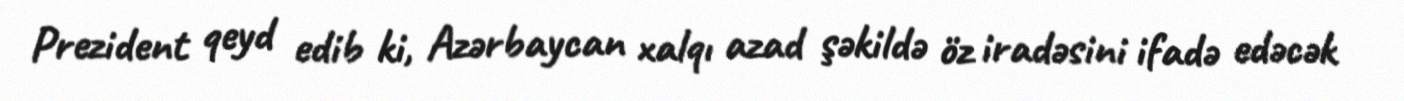
Prezident qeyd edib ki, Azərbaycan xalqı azad şəkildə öz iradəsini ifadə edəcək